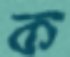
ক